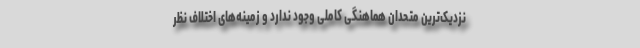
نزدیک‌ترین متحدان هماهنگی کاملی وجود ندارد و زمینه‌های اختلاف نظر